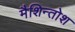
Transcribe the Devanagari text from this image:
मैशिन्तोश